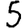
Digit: 5